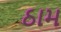
ઠામ